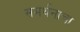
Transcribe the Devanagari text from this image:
समर्थनाचा